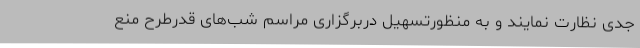
جدی نظارت نمایند و به منظورتسهیل دربرگزاری مراسم شب‌های قدرطرح منع